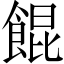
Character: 餛